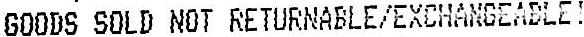
GOODS SOLD NOT RETURNABLE/EXCHANGEABLE!